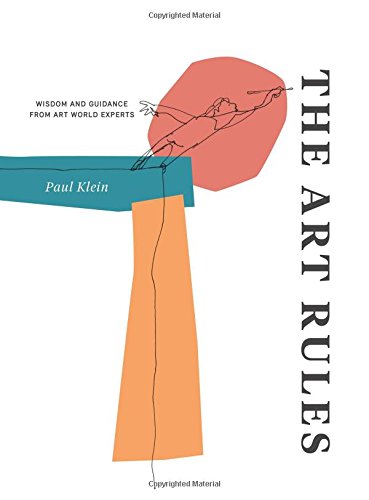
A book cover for The Art Rules: Wisdom and Guidance from Art World Experts; Paul Klein; Arts & Photography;